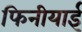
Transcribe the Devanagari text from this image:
फिनीयाई